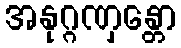
အနုဂ္ဂဏှန္တော